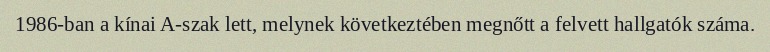
1986-ban a kínai A-szak lett, melynek következtében megnőtt a felvett hallgatók száma.